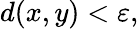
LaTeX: d(x,y)<\varepsilon,